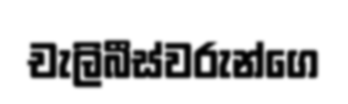
චැලිබීස්වරුන්ගෙ